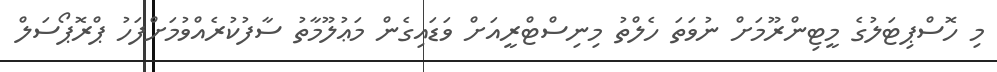
މި ހޮސްޕިޓަލުގެ މީޓިންރޫމަށް ނުވަތަ ހެލްތު މިނިސްޓްރީއަށް ވަޑައިގެން މަޢުލޫމާތު ސާފުކުރެއްވުމަށްފަހު ޕްރޮޕޯސަލް